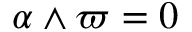
\alpha \wedge \varpi = 0